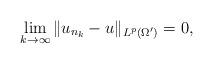
LaTeX: \begin{align*}\lim_{k\to\infty} \|u_{n_k}-u\|_{L^p(\Omega')}=0,\end{align*}